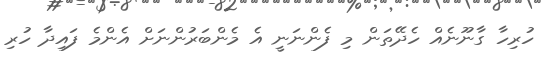
ހުރިހާ ގާނޫނެއް ހެދޭތަން މި ފެންނަނީ އެ މެންބަރުންނަށް އެންމެ ފައިދާ ހުރި